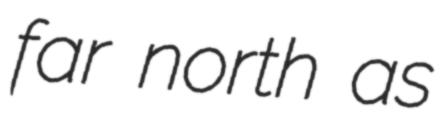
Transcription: far north as